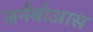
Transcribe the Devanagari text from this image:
जर्नबोआस